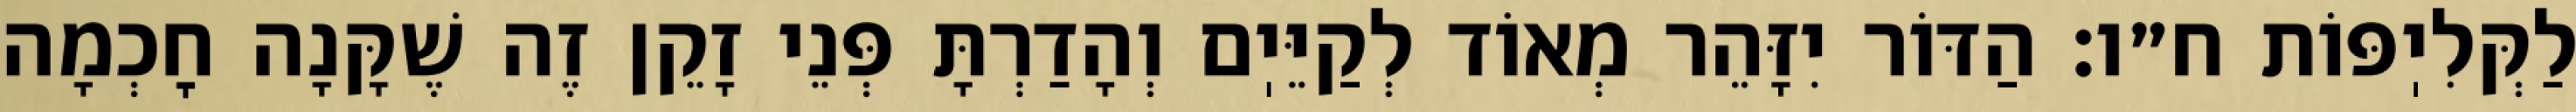
לַקְּלִיֽפּוֹת ח״ו: הַדּוֹר יִזָּהֵר מְאוֹד לְקַיֵּיֽם וְהָדַרְתָּ פְּנֵי זָקֵן זֶה שֶׁקָּנָה חׇכְמָה